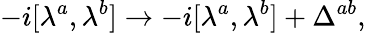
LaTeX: -i[\lambda^{a},\lambda^{b}]\rightarrow-i[\lambda^{a},\lambda^{b}]+\Delta^{ab},